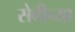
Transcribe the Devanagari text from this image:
सेबीच्या